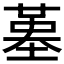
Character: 𡎸